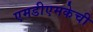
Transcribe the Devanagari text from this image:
एमडीएमकेची